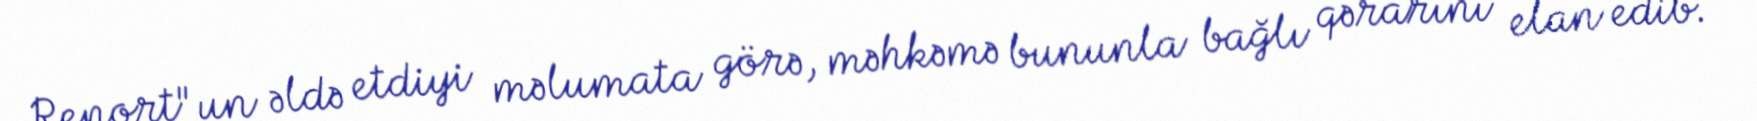
Report"un əldə etdiyi məlumata görə, məhkəmə bununla bağlı qərarını elan edib.